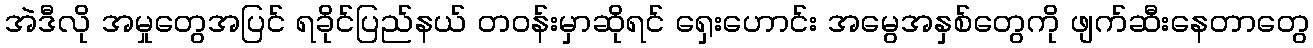
အဲဒီလို အမှုတွေအပြင် ရခိုင်ပြည်နယ် တဝန်းမှာဆိုရင် ရှေးဟောင်း အမွေအနှစ်တွေကို ဖျက်ဆီးနေတာတွေ